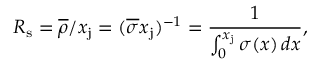
R _ { \mathrm { s } } = { \overline { { \rho } } } / x _ { \mathrm { j } } = ( { \overline { { \sigma } } } x _ { \mathrm { j } } ) ^ { - 1 } = { \frac { 1 } { \int _ { 0 } ^ { x _ { \mathrm { j } } } \sigma ( x ) \, d x } } ,